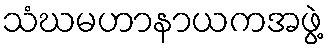
သံဃမဟာနာယကအဖွဲ့